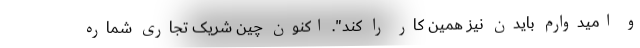
و امیدوارم بایدن نیز همین کار را کند". اکنون چین شریک تجاری شماره